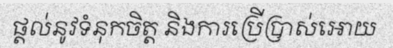
ផ្តល់នូវទំនុកចិត្ត និងការប្រើប្រាស់អោយ